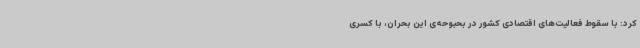
کرد: با سقوط فعالیت‌های اقتصادی کشور در بحبوحه‌ی این بحران، با کسری